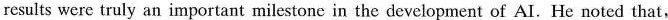
results were truly an important milestonc in the development of AI. He noted that,